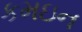
કમઇન